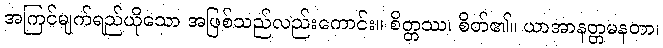
အကြင်မျက်ရည်ယိုသော အဖြစ်သည်လည်းကောင်း။ စိတ္တဿ၊ စိတ်၏။ ယာအာနတ္တမနတာ၊